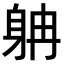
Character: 𨈭